Civil Veterinary Department. Central Provinces & Berar 1932-41 - 1932-1941
Year: 1932
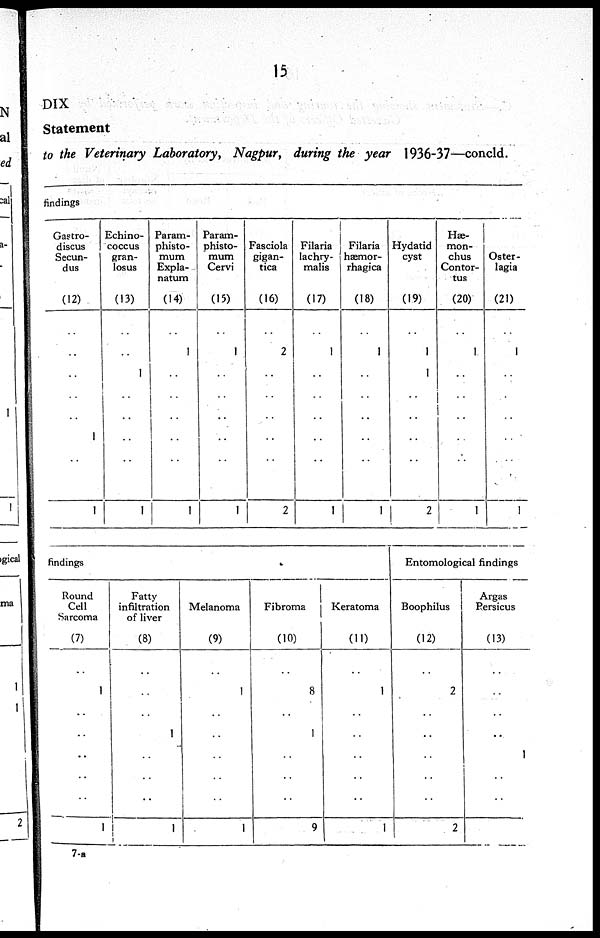
15
DIX
Statement
to the Veterinary Laboratory, Nagpur, during the year 1936-37—concld.
findings
Gastro-
discus
Secun-
dus
(12)
..
..
..
..
..
1
..
..
1
Echino-
coccus
gran-
losus
(13)
..
..
1
..
..
..
..
..
1
Param-
phisto-
mum
Expla-
natum
(14)
..
1
..
..
..
..
..
..
1
Param-
phisto-
mum
Cervi
(15)
..
1
..
..
..
..
..
..
1
Fasciola
gigan-
tica
(16)
..
2
..
..
..
..
..
..
2
Filaria
lachry-
malis
(17)
..
1
..
..
..
..
..
..
1
Filaria
hæmor-
rhagica
(18)
..
1
..
..
..
..
..
..
1
Hydatid
cyst
(19)
..
1
1
..
..
..
..
..
2
Hæ-
mon-
chus
Contor-
tus
(20)
..
1
..
..
..
..
..
..
1
Oster-
lagia
(21)
..
1
..
..
..
..
..
..
1
findings
Round
Cell
Sarcoma
(7)
..
1
..
..
..
..
..
1
Fatty
infiltration
of liver
(8)
..
..
..
1
..
..
..
1
Melanoma
(9)
..
1
..
..
..
..
..
1
Fibroma
(10)
..
8
..
1
..
..
..
9
Keratoma
(11)
..
1
..
..
..
..
..
1
Entomological findings
Boophilus
(12)
..
2
..
..
..
..
..
2
Argas
Rersicus
(13)
..
..
..
..
1
..
..
7-a